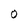
Character: O